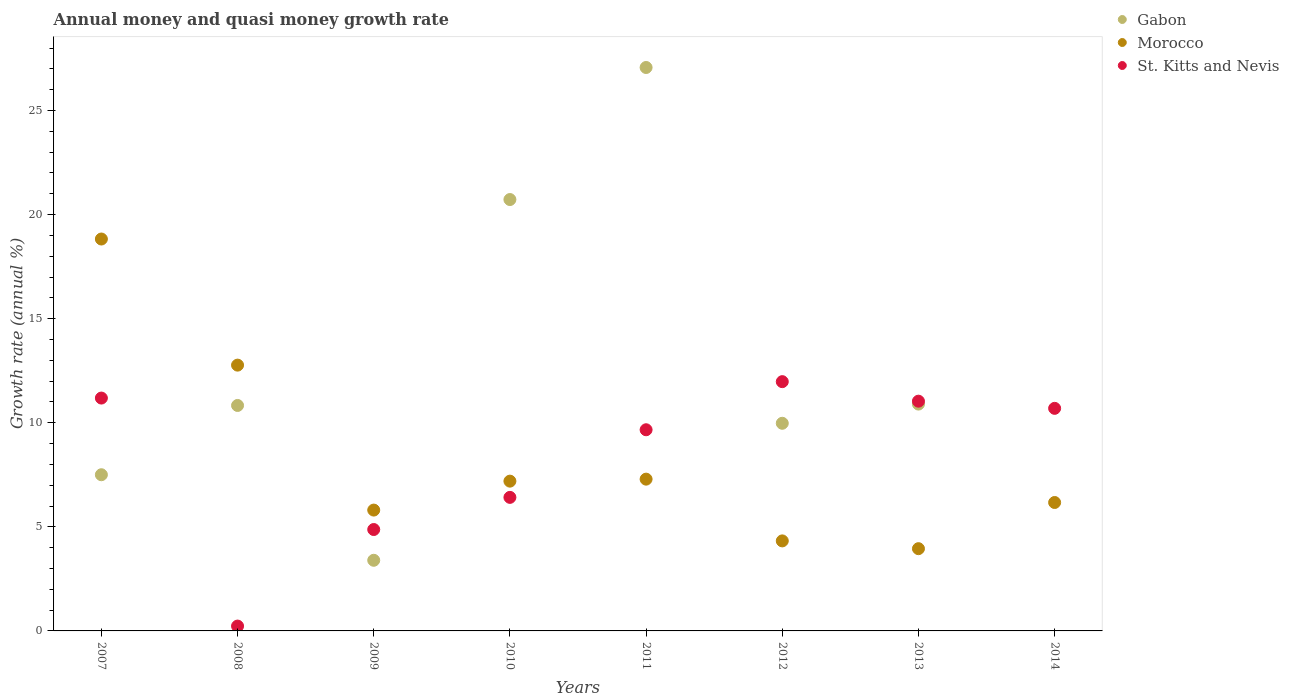
| Years | Gabon | Morocco | St. Kitts and Nevis |
 | --- | --- | --- | --- |
 | 2007 | 7.5 | 18.8 | 11.2 |
 | 2008 | 10.8 | 12.8 | 0.233 |
 | 2009 | 3.39 | 5.8 | 4.87 |
 | 2010 | 20.7 | 7.19 | 6.41 |
 | 2011 | 27.1 | 7.29 | 9.66 |
 | 2012 | 9.97 | 4.32 | 12 |
 | 2013 | 10.9 | 3.95 | 11 |
 | 2014 | -2.64 | 6.17 | 10.7 |